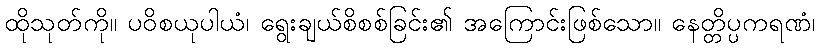
ထိုသုတ်ကို။ ပဝိစယုပါယံ၊ ရွေးချယ်စိစစ်ခြင်း၏ အကြောင်းဖြစ်သော။ နေတ္တိပ္ပကရဏံ၊